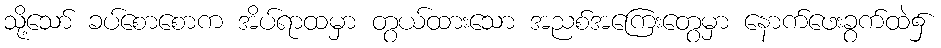
သို့သော် ခပ်စောစောက အိပ်ရာထမှာ တွယ်ထားသော အညစ်အကြေးတွေမှာ နောက်ဖေးခွက်ထဲ၌